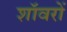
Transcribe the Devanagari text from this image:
शॉवरों